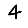
Digit: 4